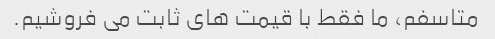
متاسفم، ما فقط با قیمت های ثابت می فروشیم.